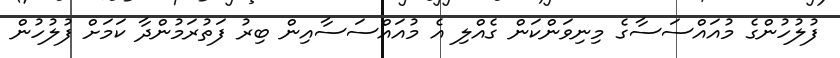
ފުލުހުންގެ މުއައްސަސާގެ މިނިވަންކަން ގެއްލި އެ މުއައްސަސާއިން ބިރު ފަތުރަމުންދާ ކަމަށް ފުލުހުން